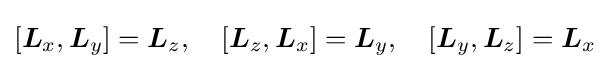
[{\boldsymbol {L}}_{x},{\boldsymbol {L}}_{y}]={\boldsymbol {L}}_{z},\quad [{\boldsymbol {L}}_{z},{\boldsymbol {L}}_{x}]={\boldsymbol {L}}_{y},\quad [{\boldsymbol {L}}_{y},{\boldsymbol {L}}_{z}]={\boldsymbol {L}}_{x}